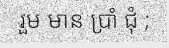
រួម មាន ប្រាំ ជុំ ;